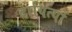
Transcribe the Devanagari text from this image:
दायित्यों